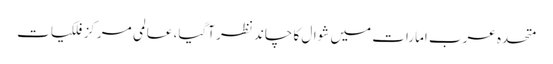
متحدہ عرب امارات میں شوال کا چاند نظر آگیا، ‌عالمی مرکز فلکیات